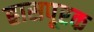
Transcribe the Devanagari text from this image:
ह्रासपूरक